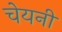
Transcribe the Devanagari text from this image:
चेयनी